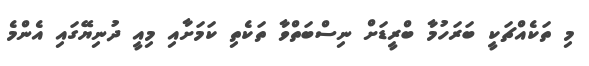
މި ތަކެއްޗަކީ ބަރަހުމާ ބްރީޑަށް ނިސްބަތްވާ ތަކެތި ކަމަށާއި މިއީ ދުނިޔޭގައި އެންމެ